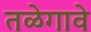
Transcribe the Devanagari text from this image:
तळेगावे